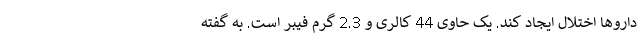
داروها اختلال ایجاد کند. یک حاوی 44 کالری و 2.3 گرم فیبر است. به گفته